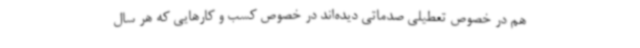
هم در خصوص تعطیلی صدماتی دیده‌اند در خصوص کسب و کارهایی که هر سال